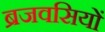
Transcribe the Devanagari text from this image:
ब्रजवसियों